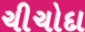
ચીચોદા